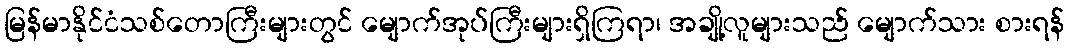
မြန်မာနိုင်ငံသစ်တောကြီးများတွင် မျောက်အုပ်ကြီးများရှိကြရာ၊ အချို့လူများသည် မျောက်သား စားရန်